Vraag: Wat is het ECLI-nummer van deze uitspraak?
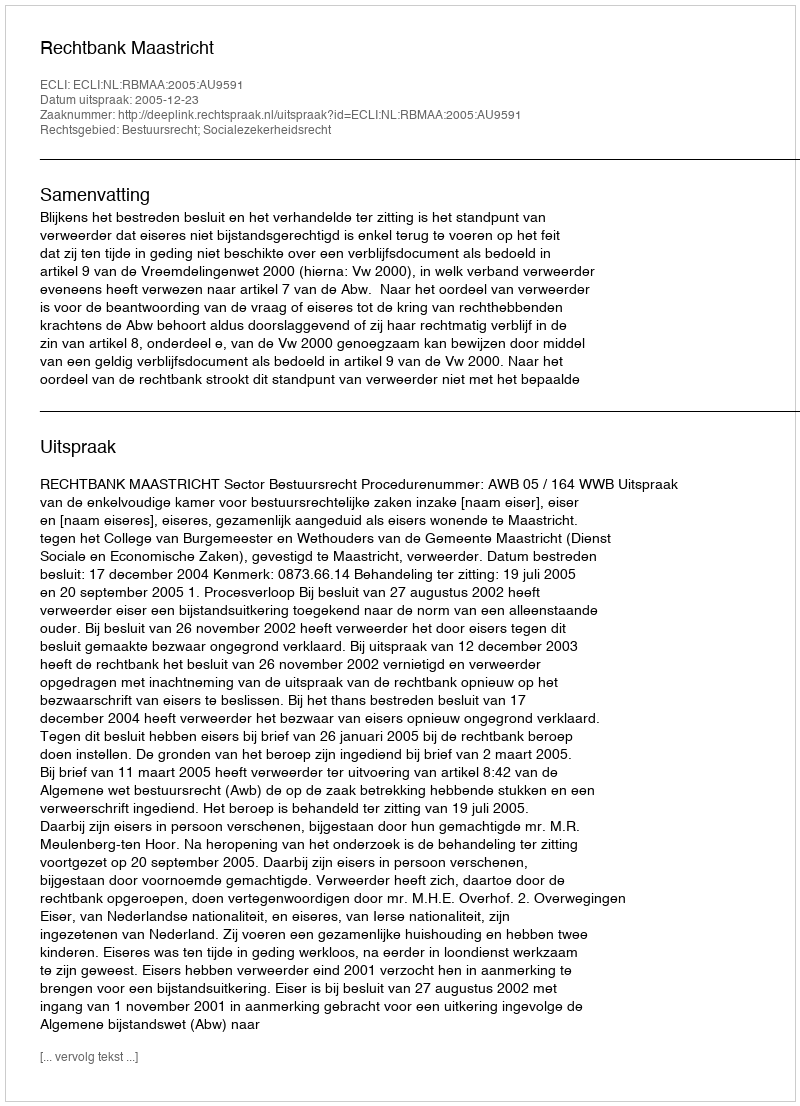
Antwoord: ECLI:NL:RBMAA:2005:AU9591